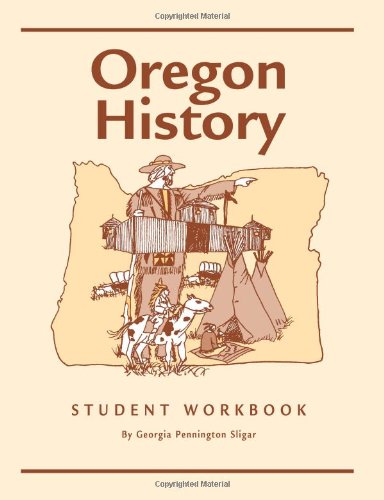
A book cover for Oregon History Student Workbook (Volume 1); Georgia Pennington-Sligar; History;